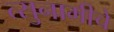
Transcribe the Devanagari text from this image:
त्सुनामीचे